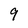
Character: 9